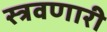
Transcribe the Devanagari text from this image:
स्त्रवणारी